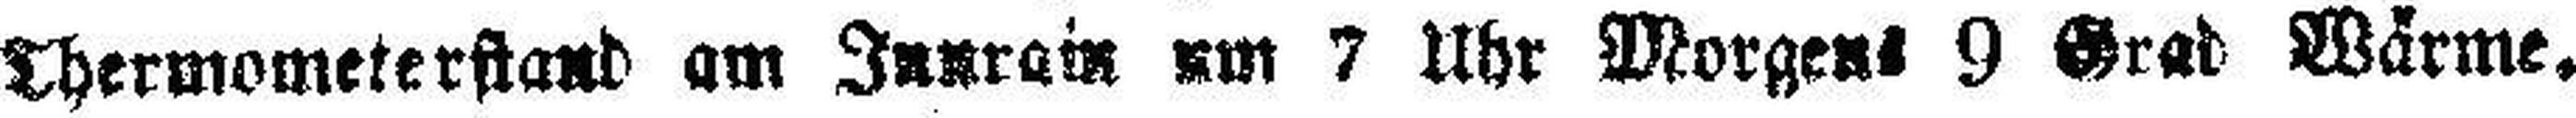
Thermometerstand am Innrain um 7 Uhr Morgens 9 Grad Wärme.